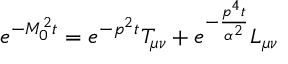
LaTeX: e ^ { - M _ { 0 } ^ { 2 } t } = e ^ { - p ^ { 2 } t } T _ { \mu \nu } + e ^ { - \frac { p ^ { 4 } t } { \alpha ^ { 2 } } } L _ { \mu \nu }